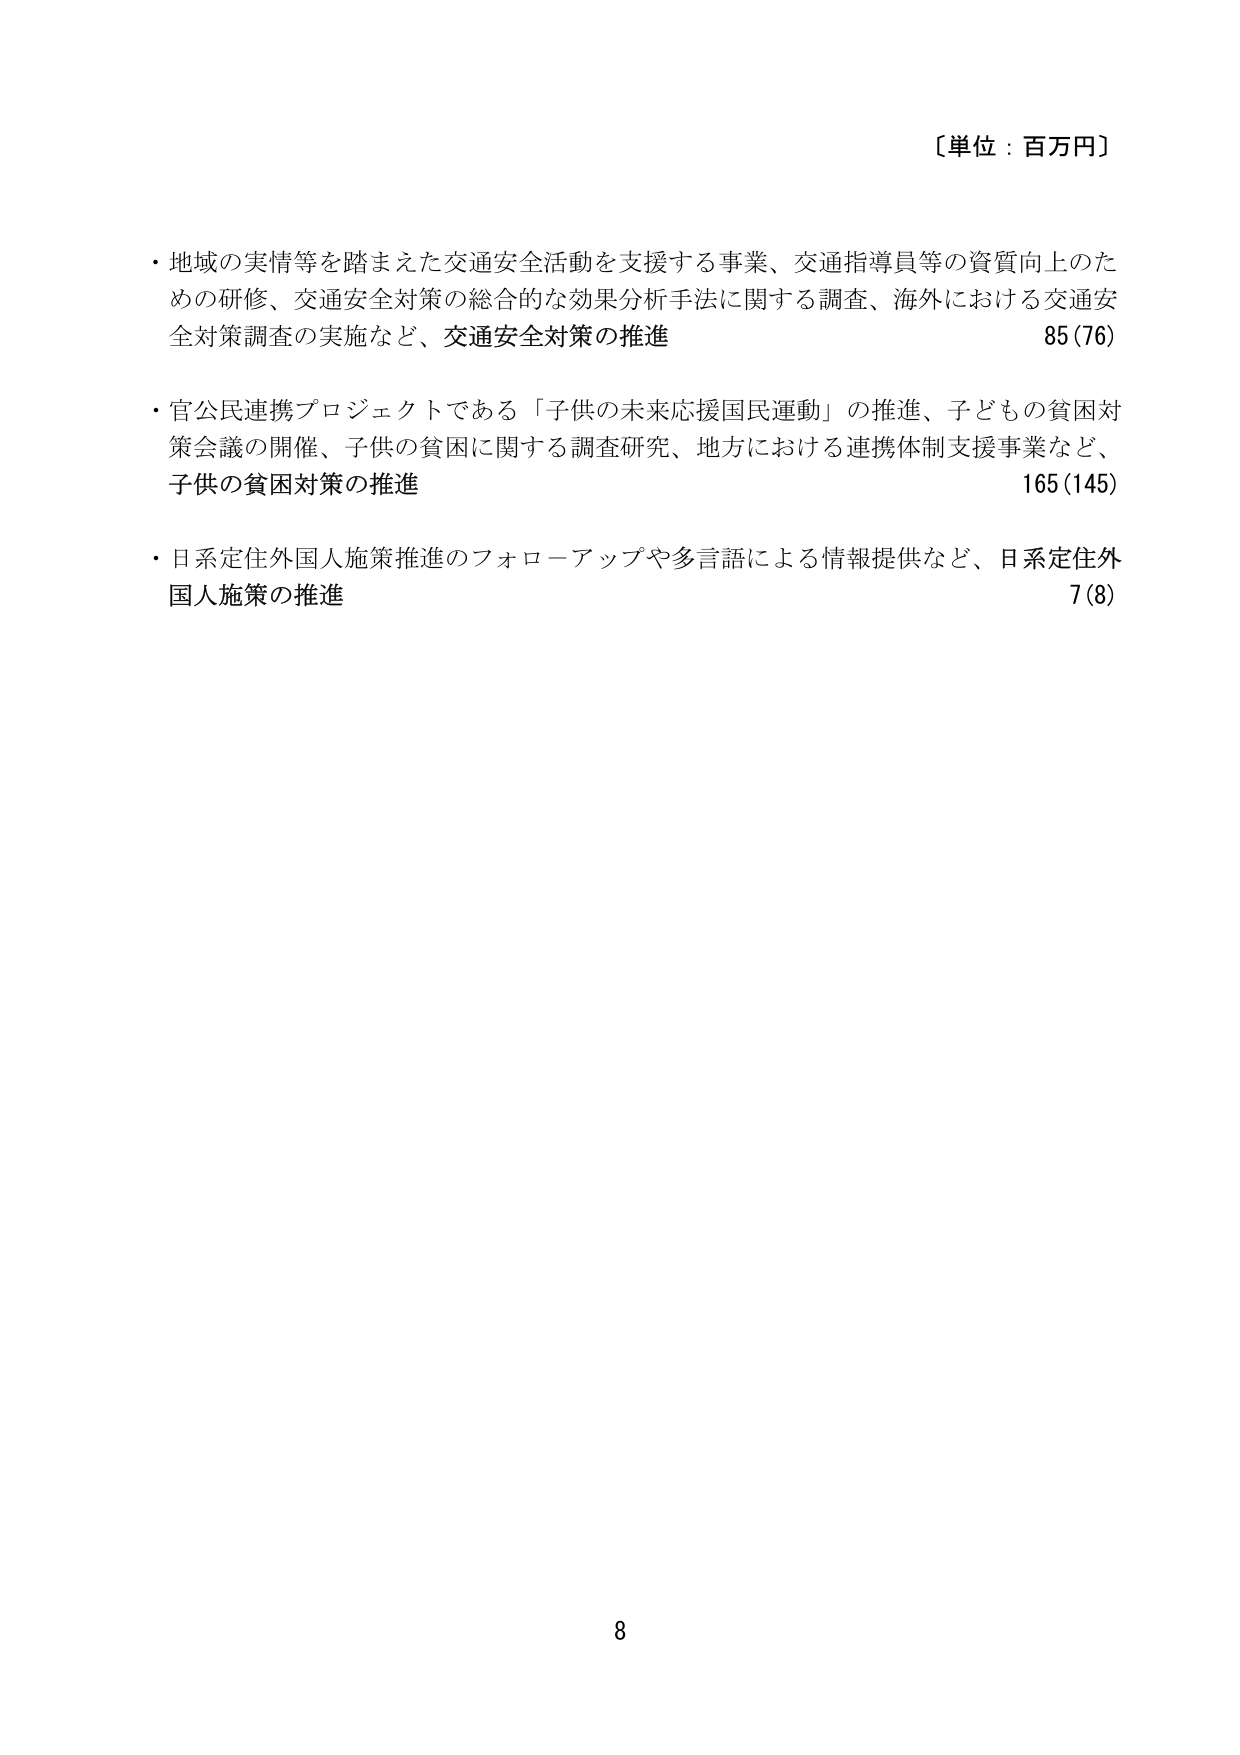
〔単位：百万円〕

・地域の実情等を踏まえた交通安全活動を支援する事業、交通指導員等の資質向上のための研修、交通安全対策の総合的な効果分析手法に関する調査、海外における交通安全対策調査の実施など、交通安全対策の推進　85(76)

・官公民連携プロジェクトである「子供の未来応援国民運動」の推進、子ども の貧困対策会議の開催、子供の貧困に関する調査研究、地方における連携体制支援事業など、子供の貧困対策の推進　165(145)

・日系定住外国人施策推進のフォローアップや多言語による情報提供など、日系定住外国人施策の推進　7(8)

8